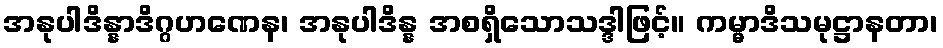
အနုပါဒိန္နာဒိဂ္ဂဟဏေန၊ အနုပါဒိန္န အစရှိသောသဒ္ဒါဖြင့်။ ကမ္မာဒိသမုဋ္ဌာနတာ၊